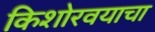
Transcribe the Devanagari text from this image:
किशोरवयाचा